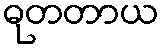
ဓုတတာယ